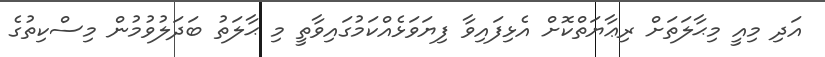
އަދި މިއީ މިޙާލަތަށް ރިޢާޔަތްކޮށް އެޅިފައިވާ ފިޔަވަޅެއްކަމުގައިވާތީ މި ޙާލަތު ބަދަލުވުމުން މިސްކިތުގެ